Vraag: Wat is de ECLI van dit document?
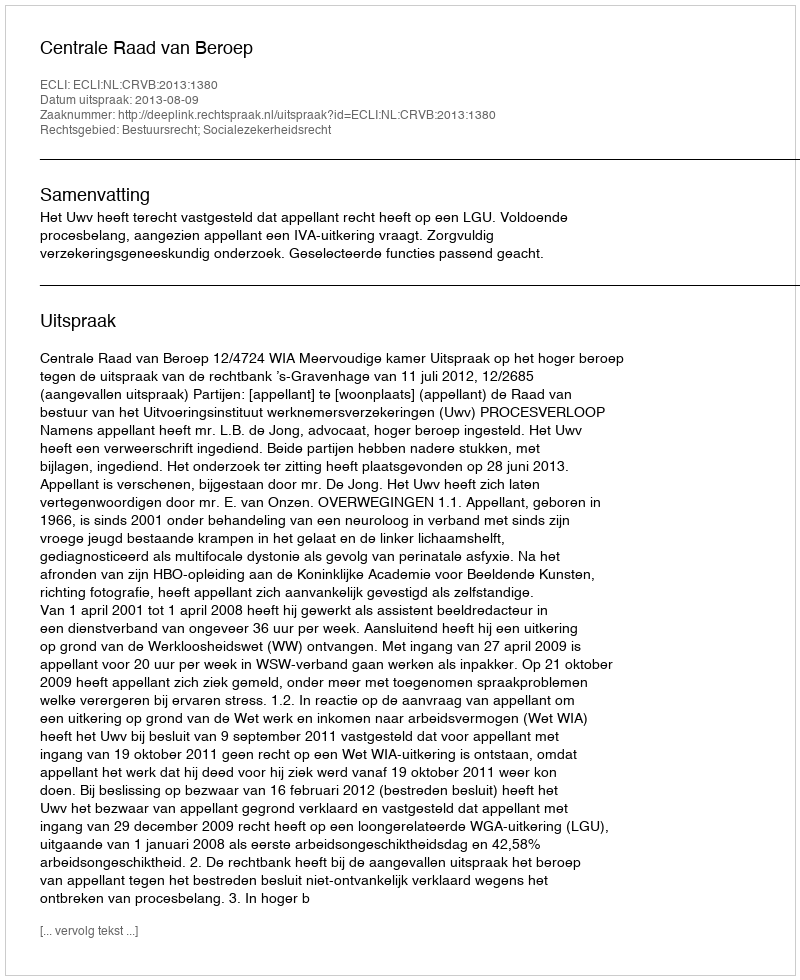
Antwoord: ECLI:NL:CRVB:2013:1380